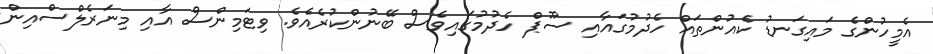
އެމީހުންގެ މައިގަނޑު ކެއުންތައް ހެދުމުގައާއި ސޫޕް ހެދުމުގައިވެސް ބޭނުންކުރެއެވެ. ވިޓަމިންސް އާއި މިނަރެލްސްއިން